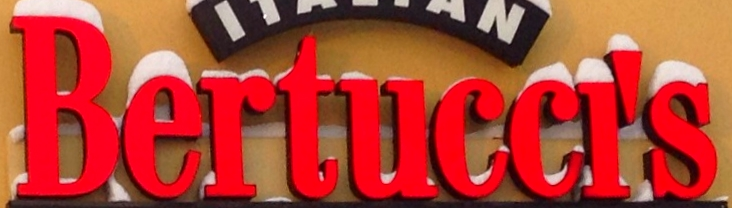
Bertuccl's